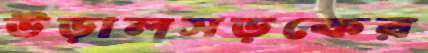
উড়ালসড়কের